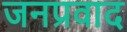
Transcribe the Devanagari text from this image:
जनप्रवाद